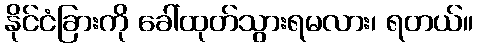
နိုင်ငံခြားကို ခေါ်ထုတ်သွားရမလား၊ ရတယ်။